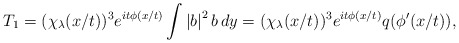
\begin{align*} T_1&=(\chi_\lambda(x/t))^3e^{it\phi(x/t)}\int \left|b\right|^2b\,dy=(\chi_\lambda(x/t))^3e^{it\phi(x/t)}q(\phi'(x/t)),\end{align*}